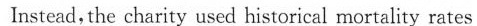
Instead, the charity used historical mortality rates